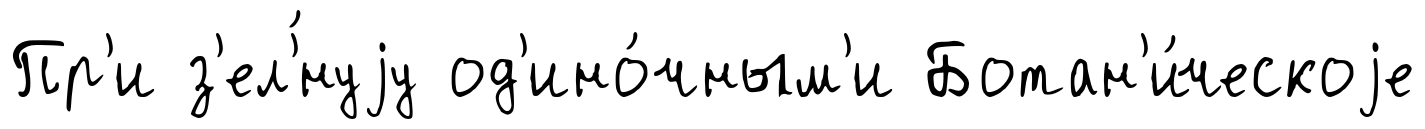
Пр'и з'ел'́нуjу од'ино́чным'и Ботан'и́ческоjе